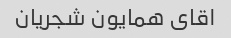
اقای همایون شجریان